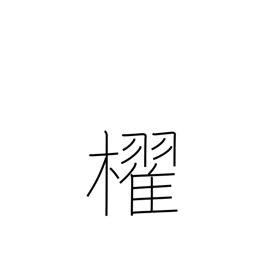
Meaning: paddle